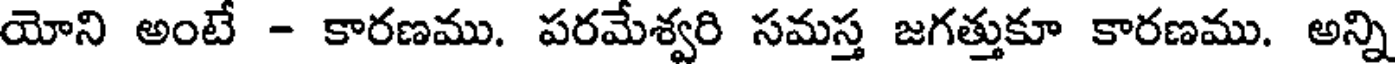
యోని అంటే - కారణము. పరమేశ్వరి సమస్త జగత్తుకూ కారణము. అన్ని